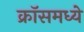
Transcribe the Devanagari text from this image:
क्रॉसमध्ये